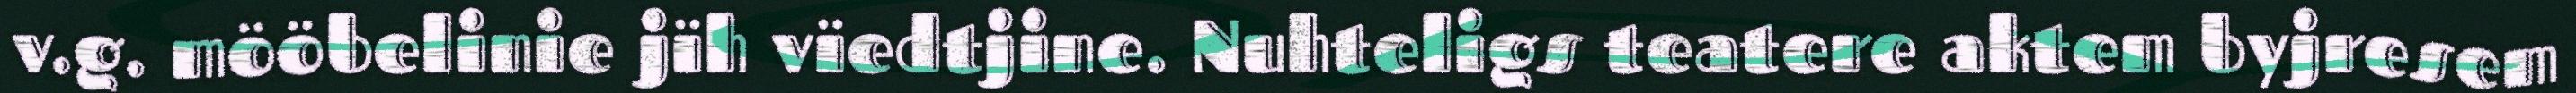
v.g. mööbelinie jïh vïedtjine. Nuhteligs teatere aktem byjresem